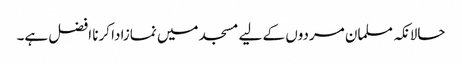
حالانکہ مسلمان مردوں کے لیے مسجد میں نمازادا کرنا افضل ہے۔